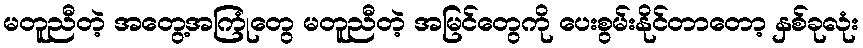
မတူညီတဲ့ အတွေ့အကြုံတွေ မတူညီတဲ့ အမြင်တွေကို ပေးစွမ်းနိုင်တာတော့ နှစ်ခုလုံး